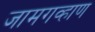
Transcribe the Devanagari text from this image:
जामगव्हाण